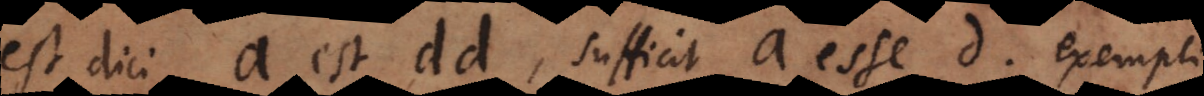
est dici a est dd, sufficit a esse d, exempli